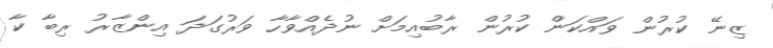
ޒިނޭ ކުރުން ވައްކަން ކުރުން ރާބުއިމަށް ނުދެއްވާހާ ވަރުގަދަ އިންޒާރު ރިބާ ކާ